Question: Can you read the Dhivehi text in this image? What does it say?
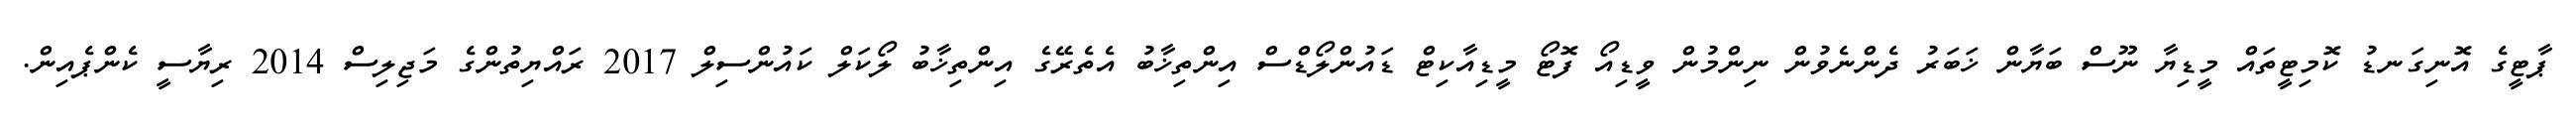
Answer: ޕާޓީގެ އޮނިގަނޑު ކޮމިޓީތައް މީޑިޔާ ނޫސް ބަޔާން ޚަބަރު ދެންނެވުން ނިންމުން ވީޑިއޯ ފޮޓޯ މީޑިއާކިޓް ޑައުންލޯޑްސް އިންތިޚާބު އެތެރޭގެ އިންތިޚާބު ލޯކަލް ކައުންސިލް 2017 ރައްޔިތުންގެ މަޖިލިސް 2014 ރިޔާސީ ކެންޕެއިން.